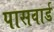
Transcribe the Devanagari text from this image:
पासवार्ड